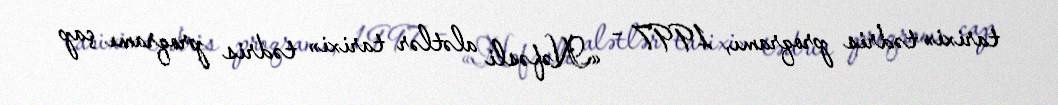
tarixi» tədris proqramı, 1997 – «Nəfəsli alətlər tarixi» tədris proqramı çap